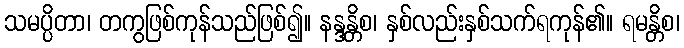
သမပ္ပိတာ၊ တကွဖြစ်ကုန်သည်ဖြစ်၍။ နန္ဒန္တိစ၊ နှစ်လည်းနှစ်သက်ရကုန်၏။ ရမန္တိစ၊